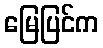
မြေပြင်က